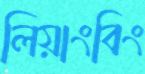
লিয়াংবিং